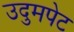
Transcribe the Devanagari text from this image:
उदुमपेट